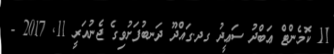
11 ކޮމެންޓް ޢަބްދު ސަޢީދު ގދ.ގައްދޫ ދަނބުފަށުވިގެ ޖެނުއަރީ 11